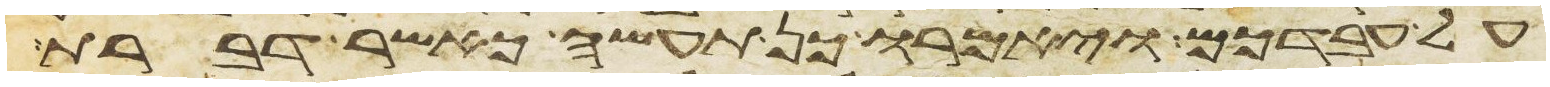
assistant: על עבדכם ויאמרו כן תעשה כאשר דברת